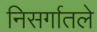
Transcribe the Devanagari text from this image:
निसर्गातले